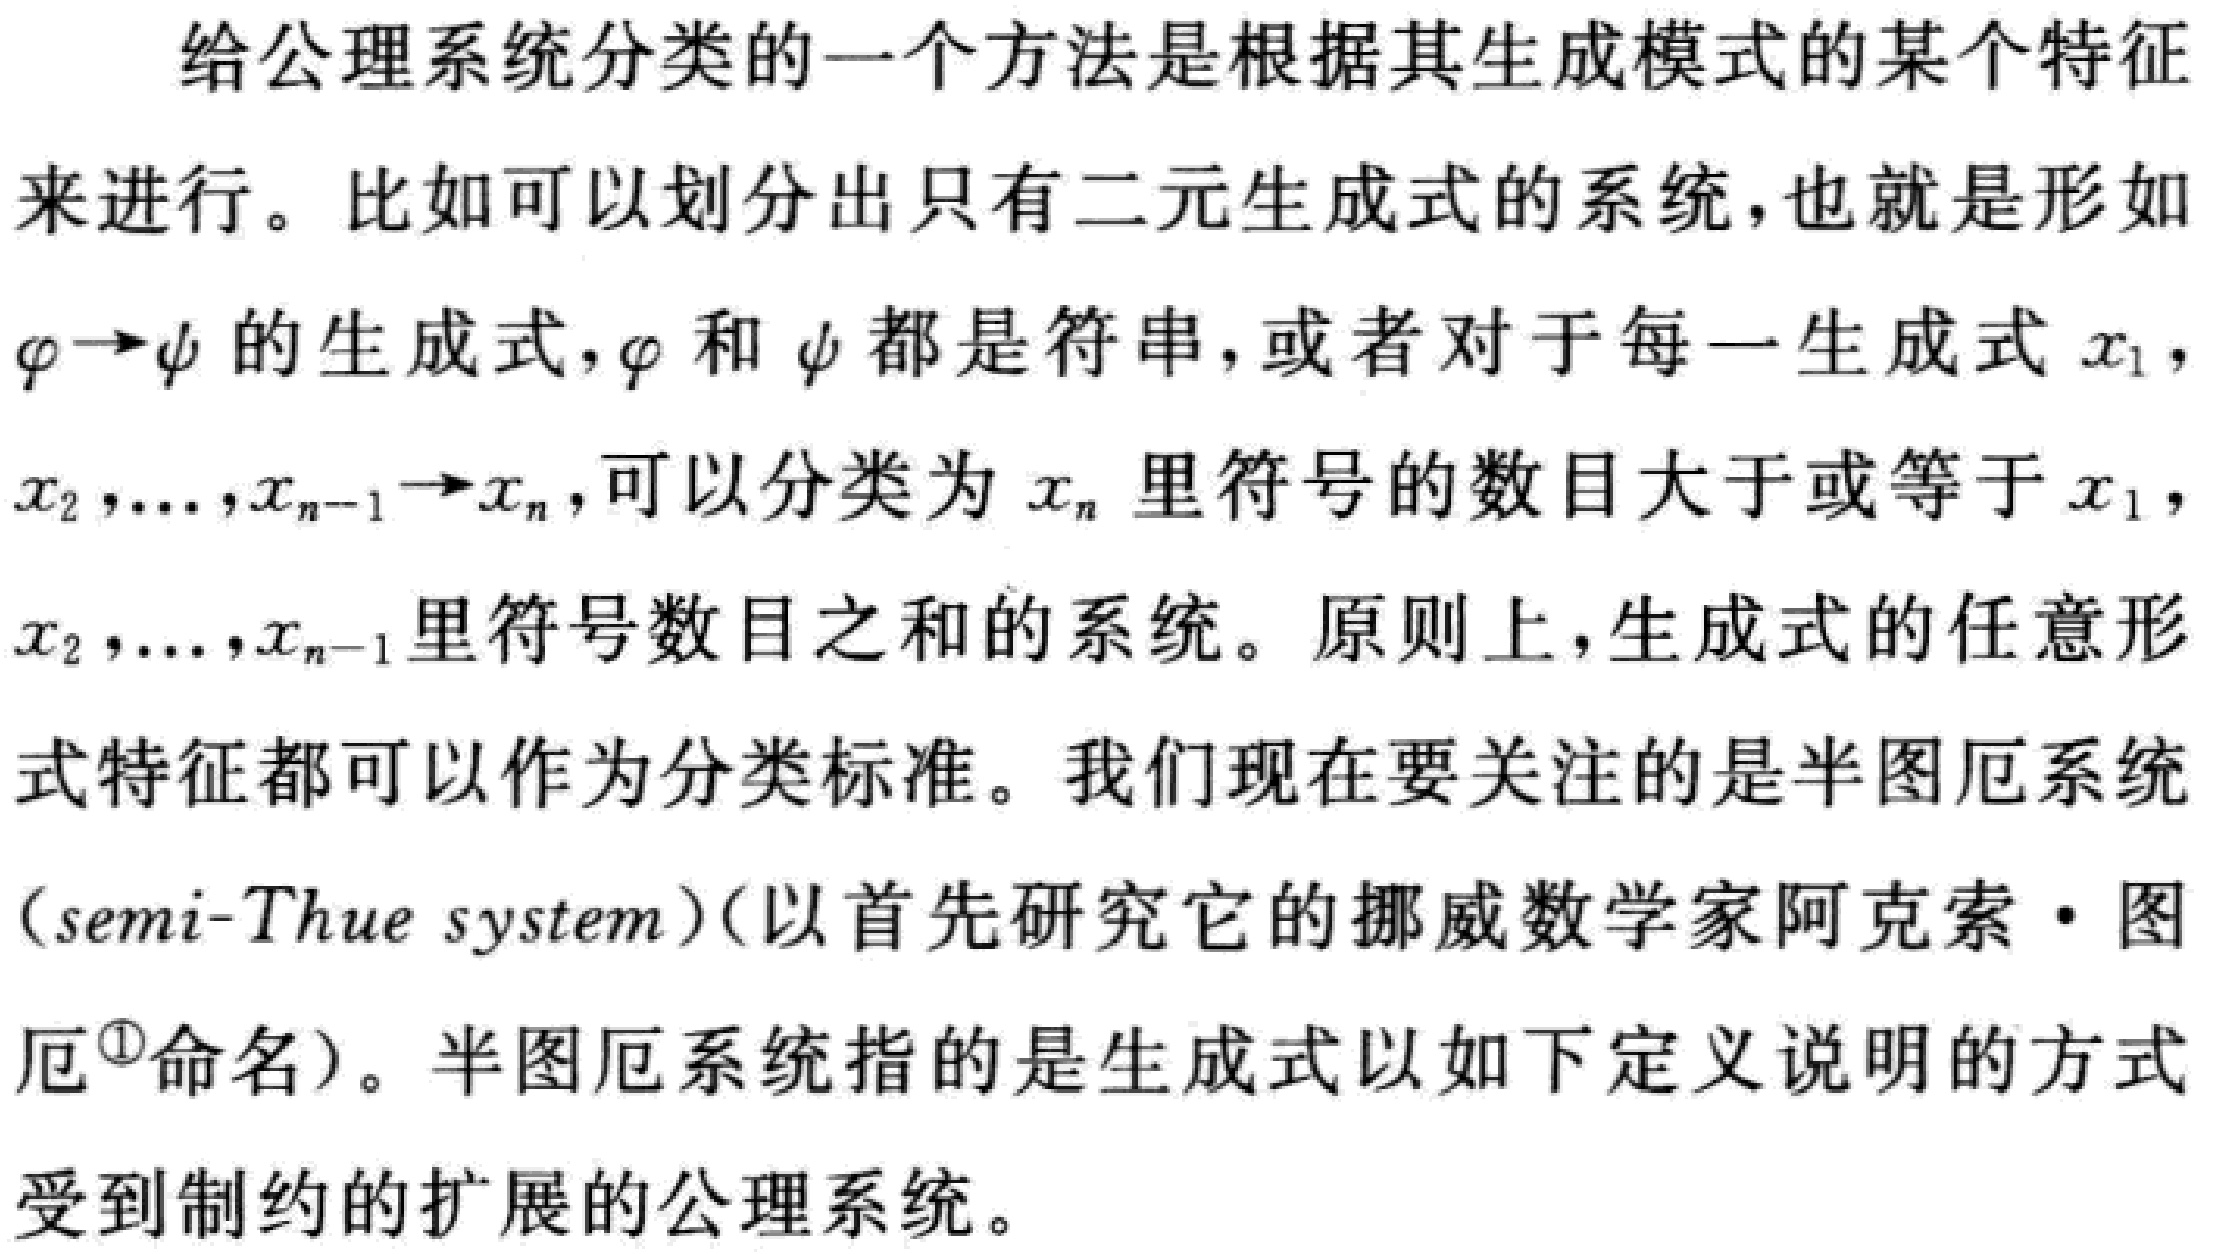
给公理系统分类的一个方法是根据其生成模式的某个特征来进行。比如可以划分出只有二元生成式的系统，也就是形如$\varphi\rightarrow\psi$的生成式，$\varphi$和$\psi$都是符串，或者对于每一生成式$x_1$，$x_2,\ldots,x_{n - 1}\rightarrow x_n$，可以分类为$x_n$里符号的数目大于或等于$x_1$，$x_2,\ldots,x_{n - 1}$里符号数目之和的系统。原则上，生成式的任意形式特征都可以作为分类标准。我们现在要关注的是半图厄系统（semi - Thue system）（以首先研究它的挪威数学家阿克索·图厄\(^{1}\)命名）。半图厄系统指的是生成式以如下定义说明的方式受到制约的扩展的公理系统。